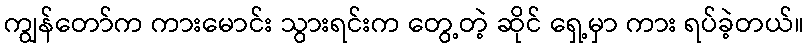
ကျွန်တော်က ကားမောင်း သွားရင်းက တွေ့တဲ့ ဆိုင် ရှေ့မှာ ကား ရပ်ခဲ့တယ်။